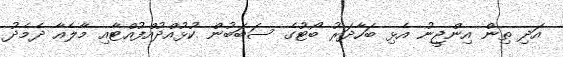
އަދި ތިން އިންޖީނު އެޅި ބަހާދަރު ބޯޓުގެ ސަބަބުން ކުޅުއްދުއްފުއްޓާއި މާލެއާ ދެމެދު